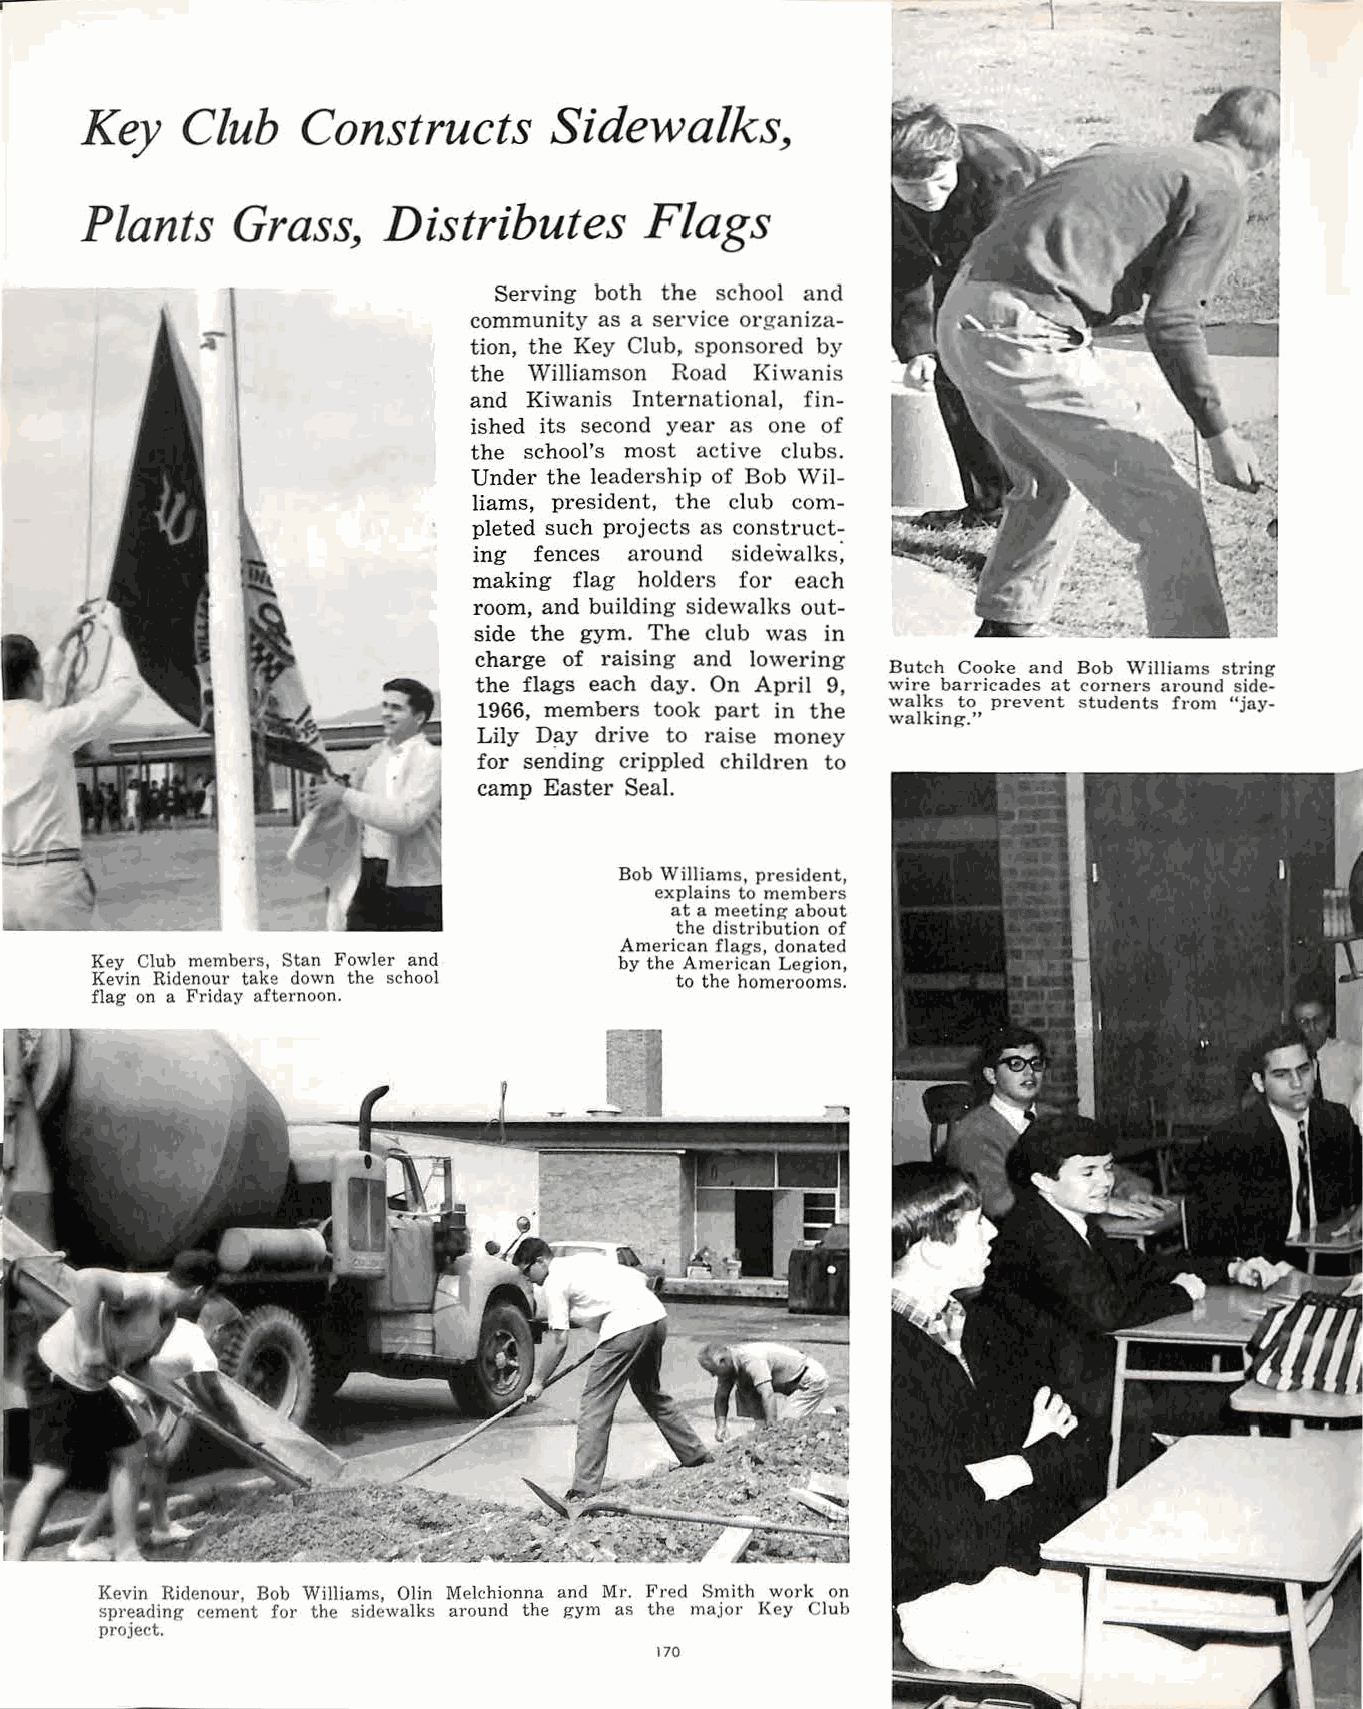
-.
 1
 Key   Club    Constructs       Sidewalks,
 Plants    Grass,    Distributes      Flags
 Serving both the school and
 community as a service organiza
 tion, the Key Club, sponsored by
 the Williamson Road Kiwanis
 and Kiwanis International, fin
 ished its second year as one of
 the school's most active clubs.
 Under the leadership of Bob Wil
 liams, president, the club com
 pleted such projects as construct
 ing fences around sidewalks;
 making flag holders for each
 room, and building sidewalks out
 side the gym. The club was in
 charge of raising and lowering
 Butch Cooke and Bob Williams string
 the flags each day. On April 9, wire barricades at corners around side
 walks to prevent students from "jay
 1966, members took part in the
 walking."
 Lily D!iY drive to raise money
 for sending crippled children to
 camp Easter Seal.
 Bob Williams, president,
 explains to members
 at a meeting about
 the distribution of
 American flags, donated
 Key Club members, Stan Fowler and  by the American Legion,
 Kevin Ridenour take down the school    to the homerooms.
 flag on a Friday afternoon.
 Kevin Ridenour, Bob Williams, Olin Melchionna and Mr. Fred Smith work on
 spreading cement for the sidewalks around the gym as the major Key Club
 project.
 170